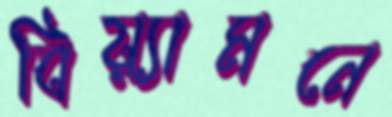
বিয়্যামনে